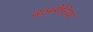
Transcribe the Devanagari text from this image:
बलगैरिया